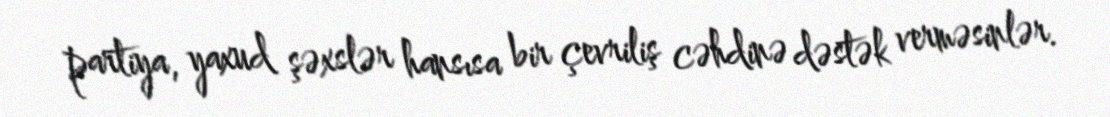
partiya, yaxud şəxslər hansısa bir çevriliş cəhdinə dəstək verməsinlər.